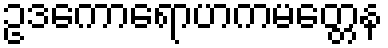
ဥဒကောရောဟကမတ္တေန